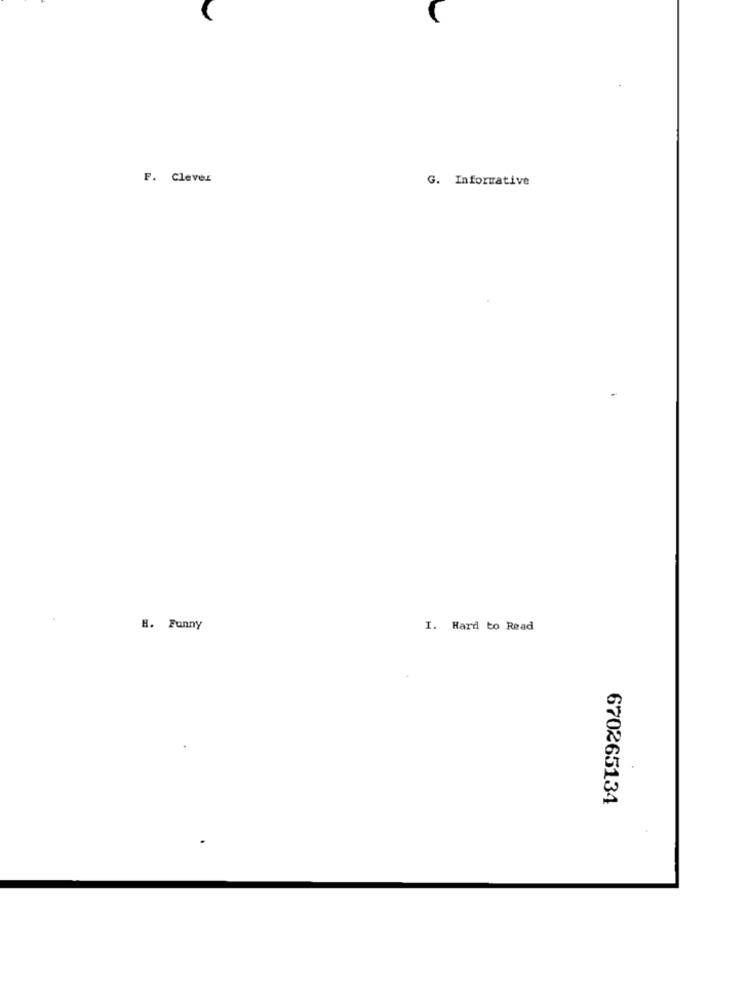
F. Clever
G. Informative
H. Funny
I. Hard to Read
670265134